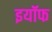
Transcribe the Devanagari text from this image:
इयॉफ